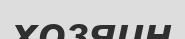
хозяин